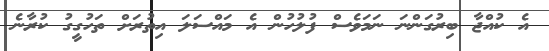
އެ ކުއްޖާ ބިރުގަންނަ ނަމަވެސް ފުލުހުން އެ މައްސަލަ އިތުރަށް ތަހުގީގު ކުރާނެ